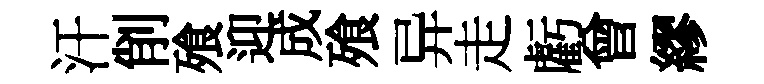
汗削飱迎成飱异走虧曾繆